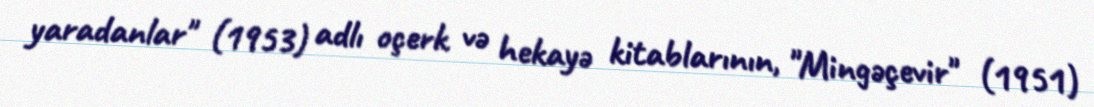
yaradanlar" (1953) adlı oçerk və hekayə kitablarının, "Mingəçevir" (1951)